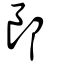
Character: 郎